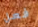
فعل